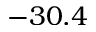
- 3 0 . 4